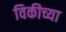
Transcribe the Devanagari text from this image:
विकीच्या